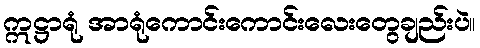
ဣဋ္ဌာရုံ အာရုံကောင်းကောင်းလေးတွေချည်းပဲ။